Vaccination in the Punjab 1897-1904 - 1897-1904
Year: 1897
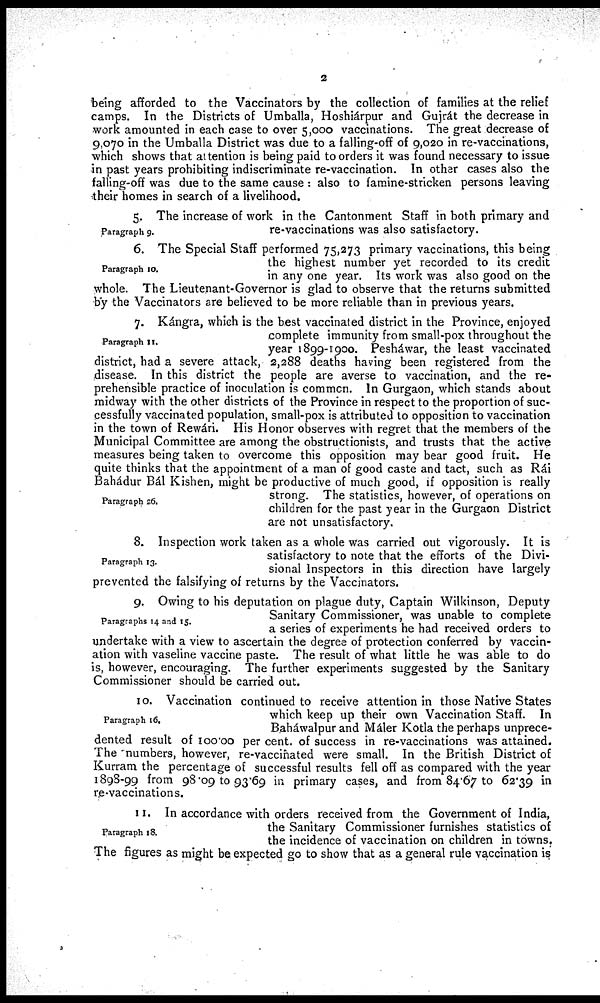
2
being afforded to the Vaccinators by the collection of families at the relief
camps. In the Districts of Umballa, Hoshiárpur and Gujrát the decrease in
work amounted in each case to over 5,000 vaccinations. The great decrease of
9,070 in the Umballa District was due to a falling-off of 9,020 in re-vaccinations,
which shows that attention is being paid to orders it was found necessary to issue
in past years prohibiting indiscriminate re-vaccination. In other cases also the
falling-off was due to the same cause : also to famine-stricken persons leaving
their homes in search of a livelihood.
Paragraph 9.
5. The increase of work in the Cantonment Staff in both primary and
re-vaccinations was also satisfactory.
Paragraph 10.
6. The Special Staff performed 75,273 primary vaccinations, this being
the highest number yet recorded to its credit
in any one year. Its work was also good on the
whole. The Lieutenant-Governor is glad to observe that the returns submitted
by the Vaccinators are believed to be more reliable than in previous years.
Paragraph 11.
Paragraph z6.
7. Kángra, which is the best vaccinated district in the Province, enjoyed
complete immunity from small-pox throughout the
year 1899-1900. Pesháwar, the least vaccinated
district, had a severe attack, 2,288 deaths having been registered from the
disease. In this district the people are averse to vaccination, and the re-
prehensible practice of inoculation is common. In Gurgaon, which stands about
midway with the other districts of the Province in respect to the proportion of suc¬
cessfully vaccinated population, small-pox is attributed to opposition to vaccination
in the town of Rewári. His Honor observes with regret that the members of the
Municipal Committee are among the obstructionists, and trusts that the active
measures being taken to overcome this opposition may bear good fruit. He
quite thinks that the appointment of a man of good caste and tact, such as Rái
Bahádur Bál Kishen, might be productive of much good, if opposition is really
strong. The statistics, however, of operations on
children for the past year in the Gurgaon District
are not unsatisfactory.
Paragraph 13.
8. Inspection work taken as a whole was carried out vigorously. It is
satisfactory to note that the efforts of the Divi-
sional Inspectors in this direction have largely
prevented the falsifying of returns by the Vaccinators.
Paragraphs 14 and 15.
9. Owing to his deputation on plague duty, Captain Wilkinson, Deputy
Sanitary Commissioner, was unable to complete
a series of experiments he had received orders to
undertake with a view to ascertain the degree of protection conferred by vaccin-
ation with vaseline vaccine paste. The result of what little he was able to do
is, however, encouraging. The further experiments suggested by the Sanitary
Commissioner should be carried out.
10. Vaccination continued to receive attention in those Native States
which keep up their own Vaccination Staff. In
Baháwalpur and Máler Kotla the perhaps unprece-
dented result of 100.00 per cent. of success in re-vaccinations was attained.
The 'numbers, however, re-vaccinated were small. In the British District of
Kurram the percentage of successful results fell off as compared with the year
1898-99 from 98.09 to 93.69 in primary cases, and from 84.67 to 62.39 in
re-vaccinations.
Paragraph 18.
11. In accordance with orders received from the Government of India,
the Sanitary Commissioner furnishes statistics of
the incidence of vaccination on children in towns.
The figures as might be expected go to show that as a general rule vaccination is